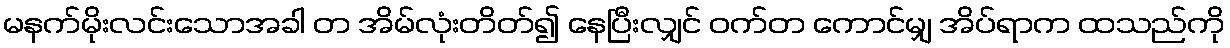
မနက်မိုးလင်းသောအခါ တ အိမ်လုံးတိတ်၍ နေပြီးလျှင် ဝက်တ ကောင်မျှ အိပ်ရာက ထသည်ကို